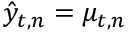
\hat { { y } } _ { t , n } = { { \mu } } _ { t , n }